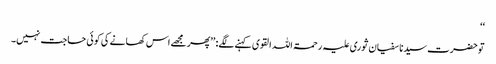
‘‘
توحضرت سیدنا سفیان ثوری علیہ رحمۃ اللہ القوی کہنے لگے: ’’پھر مجھے اس کھانے کی کوئی حاجت نہیں۔